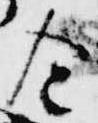
令